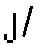
၂/